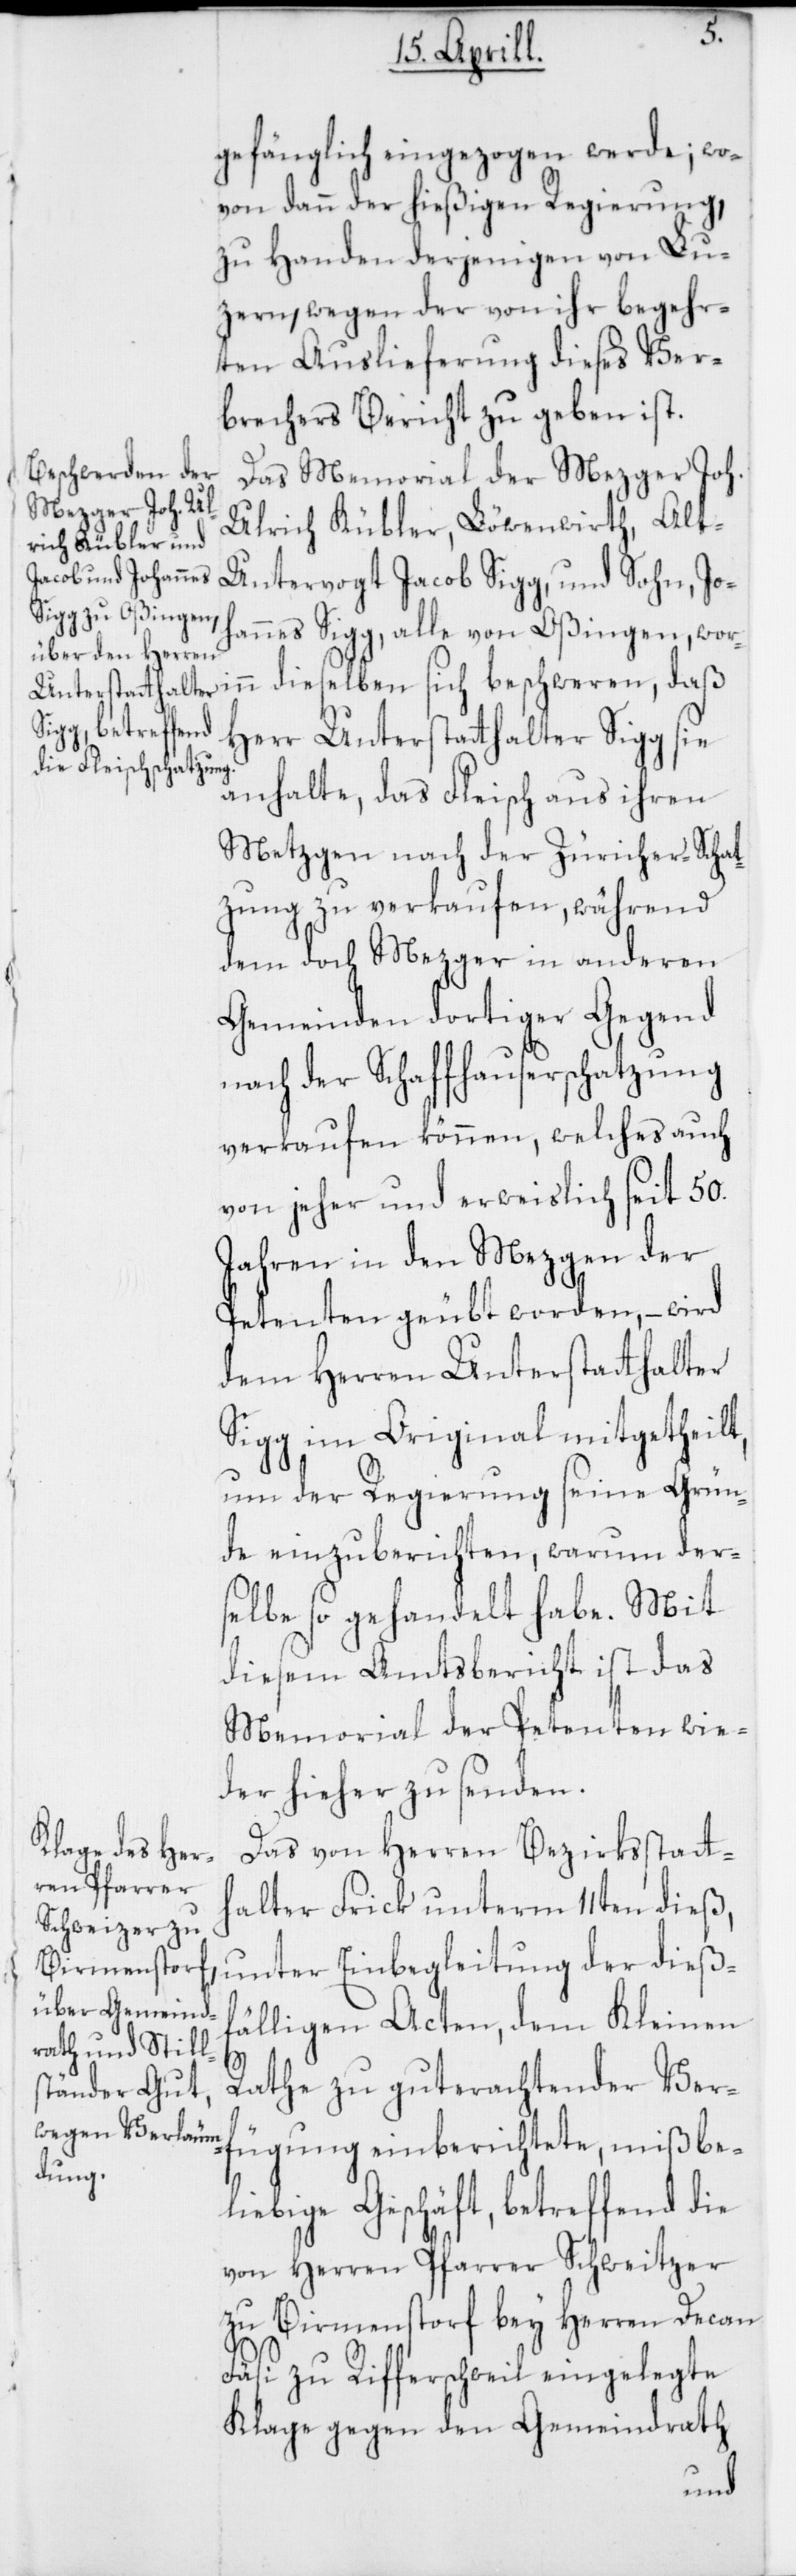
gefänglich eingezogen werde; wo¬
von dann der hießigen Regierung,
zu Handen derjenigen von Lu¬
zern, wegen der von ihr begehr¬
ten Auslieferung dieses Ver¬
brechers Bericht zu geben ist.
Das Memorial der Metzger Joh.
Ulrich Kübler, Löwenwirth; alt
Untervogt Jacob Sigg und Sohn; Jo¬
hannes Sigg; alle von Oßingen wor¬
Herr Unterstatthalter Sigg sie
anhalte, das Fleisch aus ihren
Metzgen nach der Züricher-Schat¬
zung zu verkaufen, während
dem doch Mezger in anderen
Gemeinden dortiger Gegend
nach der Schaffhauserschatzung
verkaufen können, welches auch
von jeher und erweislich seit 50.
Jahren in den Mezgen der
Petenten geübt worden, – wird
dem Herren Unterstatthalter
Sigg im Original mitgetheilt,
um der Regierung seine Grün¬
de einzuberichten, warum der¬
selbe so gehandelt habe. Mit
diesem Amtsbericht ist das
Memorial der Petenten wie¬
der hieher zu senden.
Das von Herren Bezirksstatth¬
alter Frick unterm 11ten dieß,
unter Einbegleitung der dieß¬
fälligen Acten, dem Kleinen
Rathe zu gut erachtender Ver¬
fügung einberichtete, mißbe¬
liebige Geschäft, betreffend die
von Herren Pfarrer Schweitzer
zu Birmenstorf bey Herren Decan
Fäsi zu Rifferschweil eingelegte
Klage gegen den Gemeindrath
inn